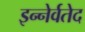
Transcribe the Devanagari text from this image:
इन्नेर्वतेद